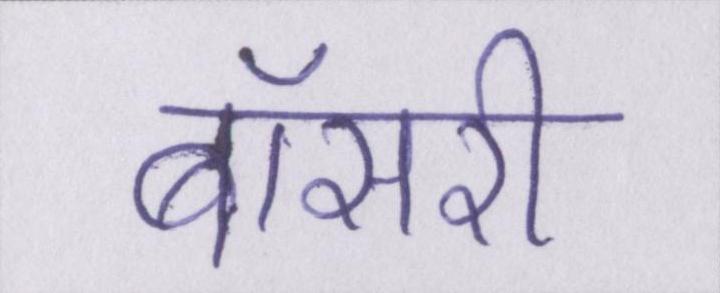
बॉसरी